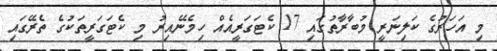
މި އަހަރުގެ ކަލިނަރީ މުބާރާތުގައި 17 ކެޓަގަރީއެއް ހިމެނޭއިރު މި ކެޓަގަރީތަކުގެ ތެރޭގައި